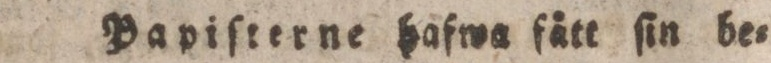
Papiſterne hafwa fått ſin be=